Vaccination in Bombay 1924-1928 - 1924-1928
Year: 1924
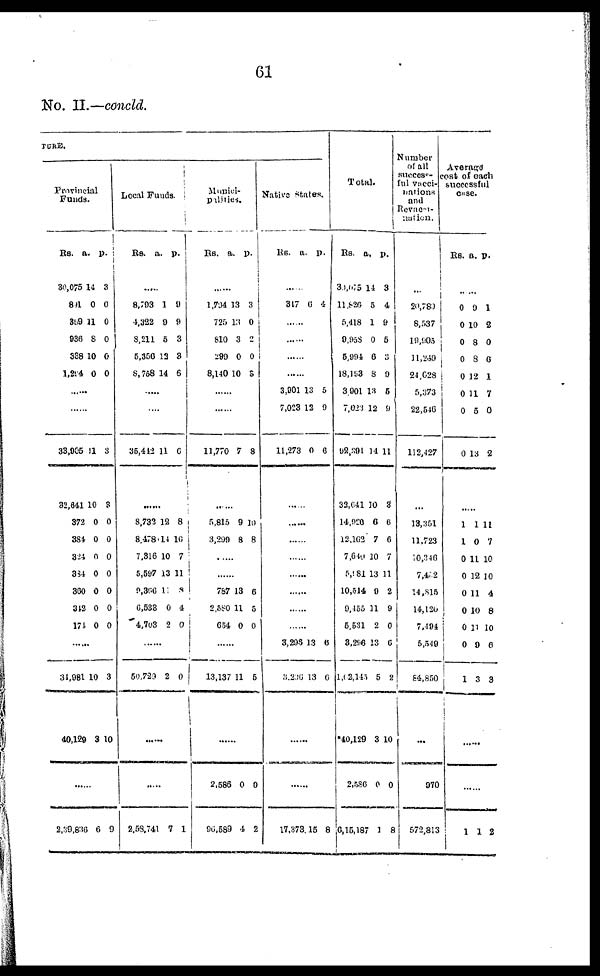
61
No. II.—concld.
TURE.
Provincial
Funds.
Rs.
30,075
891
359
936
338
1,294
a.
14
0
11
8
10
0
p.
3
0
0
0
0
0
......
......
33,905
32,641
372
384
324
334
300
342
171
11
10
0
0
0
0
0
0
0
3
3
0
0
0
0
0
0
0
......
34,981
40,129
10
3
3
10
......
2,39,836 6 9
Local Funds.
Rs.
a.
p.
......
8,793
4,322
8,211
5,356
8,758
1
9
5
12
14
9
9
3
3
6
......
......
35,442 11 6
......
8,732
8,478
7,316
5,597
9,366
6,533
4,703
12
14
10
13
11
0
2
8
10
7
11
8
4
0
......
50,729 2 0
......
2,53,741 7 1
Munici¬
palities.
RS.
a. p.
......
1,794
725
810
299
8,140
13
13
3
0
10
3
0
2
0
3
......
......
11,770 7 8
......
5,815
3,299
9
8
10
8
......
......
767
2,580
654
13
11
0
6
5
0
......
13,137 11 5
2,586
96,589
0
4
0
2
Native States.
RS.
a. p.
......
317 6 4
......
3,901
7,023
11,273
13
12
0
5
9
6
......
......
3,298
3,296
13
13
6
6
17,373 15 8
Total.
Rs.
30,075
11,826
5,418
9,958
5,994
18,193
3,901
7,023
92,391
32,641
14,920
12,162
7,640
5,981
10,514
9,155
5,531
3,296
1,02,145
*40,129
2,586
6,15,187
a.
14
5
1
0
6
8
13
12
14
10
6
7
10
13
9
11
2
13
5
3
0
1
p.
3
4
9
5
3
9
5
9
11
3
6
6
7
11
2
9
0
6
2
10
0
8
Number
of all
successs¬
ful vacci¬
nations
and
Revacci¬
nation.
...
20,789
8,537
19,905
11,249
24.628
5,373
22,546
112,427
...
13,351
11,723
10,346
7,402
14 ,815
14,120
7,194
5,549
84,850
...
970
572,813
Average
cost of each
successful
case.
Rs. a. p.
......
0
0
0
0
0
0
0
0
9
10
8
8
12
11
5
13
1
2
0
6
1
7
0
2
......
1
1
0
0
0
0
0
0
1
1
0
11
12
11
10
11
9
3
11
7
10
10
4
8
10
6
3
......
......
1 1 2